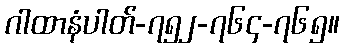
ဂါထာနံပါတ်-၇၅၂-၇၆၄-၇၆၅။